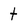
Character: t